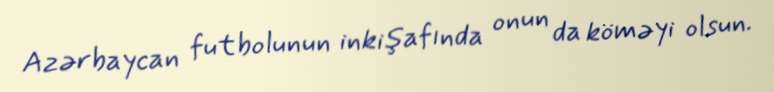
Azərbaycan futbolunun inkişafında onun da köməyi olsun.